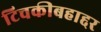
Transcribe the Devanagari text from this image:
टिचकीबहाद्दर